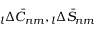
\phantom { } _ { l } \Delta \bar { C } _ { n m } , \phantom { } _ { l } \Delta \bar { S } _ { n m }